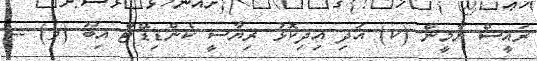
ރައީސް ޔާމީން (ކ) އަދި އިދިކޮޅު ރިޔާސީ ކެންޑިޑޭޓް އިބޫ (ވ) --